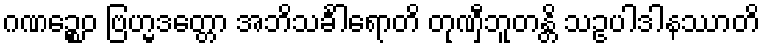
ဂဏဉ္စေဝ ဗြဟ္မဒတ္တော အဘိသင်္ခါရောတိ တုဏှီဘူတန္တိ သဥပါဒါနဿာတိ